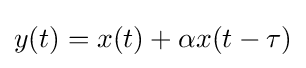
y(t)=x(t)+\alpha x(t-\tau )